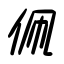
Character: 佩